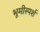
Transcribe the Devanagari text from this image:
भूमीस्पर्श